Scottish Leaving Certificate Examination, 1961
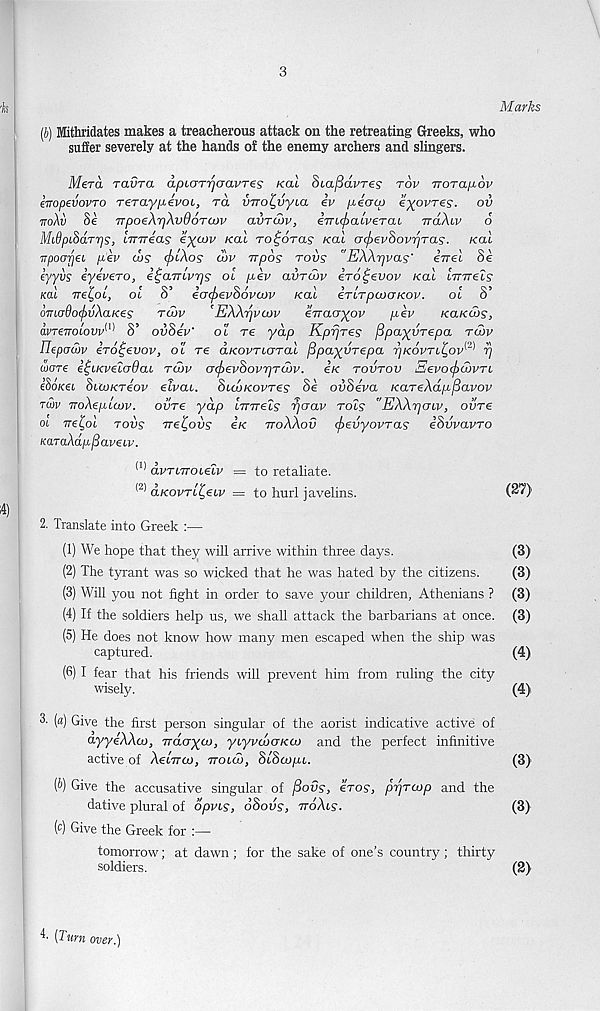
3
Mithridates makes a treacherous attack on the retreating Greeks, who
suffer severely at the hands of the enemy archers and slingers.
Mera ravra apiOTrjoavTes kcll Siafidvres tov Trorapov
impevovTo reraypevoi, rd inro^vyia iv /xeuu) eyovres. ov
ttoXv §e TrpoeXr/XvOoTMv avruiv, iiTi(j>aiveTai ttoXw 6
MidpL^arris, Imreas eycov /cat to^oths /cat a<^evhovrjTas. /cat
TTpoorjei pev u>s (f)iXos cov rrpos tovs "EWrjvas' eVet Se
lyyvs eyeveTo, e^aTrivrjs oi pkv avTcov iro^evov /cat Imrels
mi ire^oL, ol 8’ icrcfrevSovcov Kal iTLTpoooKOv.
oi 8’
omado(j)vXaKes
rd>v
'EXXtjvmv
eTracryov
pev
kclkcos,
avT€TroLow m S’ ovSev" ot re yap Kprjres fipayurepa rcov
Ilepawv iro^evov, ot re dKovrioral fipayyrepa 7]k6vti.£ov^ rj
ware ei^iKveioOai rd)v G(f)evhovr)TU)v. e/c rovrov SevocjxJovrL
lloKei SiCJKriov elvac. SuoKovres Se ovSeva KareXapfiavov
twv noXepicov. ovre yap imrels rjcrav rols "EXXrjcnv, ovre
oi Tre^ol rovs Tret,ovs e/c ttoXXov fievyovras iSvvavro
KaraXapfiavew.
avrbTTOielv = to retaliate.
aKOvri'CeLv
to hurl javelins.
2. Translate into Greek :—
(1) We hope that they will arrive within three days.
(2) The tyrant was so wicked that he was hated by the citizens.
(3) Will you not fight in order to save your children, Athenians ?
(4) If the soldiers help us, we shall attack the barbarians at once.
(5) He does not know how many men escaped when the ship was
captured.
(6) I fear that his friends will prevent him from ruling the city
wisely.
3. (a) Give the first person singular of the aorist indicative active of
ayye'AAo), vdayao, ybyvcncrKU) and the perfect infinitive
active of Aewrco, void), StScupb.
(b) Give the accusative singular of jSou?, eras, prjTCop and the
dative plural of dpvbs, oSous, ttoXls.
(c) Give the Greek for :—
tomorrow; at dawn ; for the sake of one’s country ; thirty
soldiers.
Marks
(27)
(3)
(3)
(3)
(3)
(4)
(4)
(3)
(3)
(2)
4' (Turn over.)